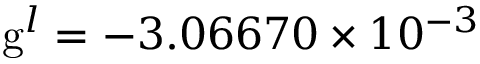
\mathrm { g } ^ { l } = - 3 . 0 6 6 7 0 \times 1 0 ^ { - 3 }